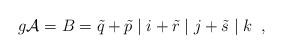
LaTeX: \begin{align*}g{\cal A}=B= \tilde{q}+ \tilde{p} \; \vert \; i+\tilde{r} \; \vert \; j+\tilde{s} \; \vert \; k \; \; ,\end{align*}